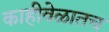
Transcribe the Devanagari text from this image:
काहीवेळातच